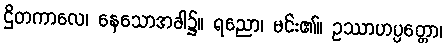
ဌိတကာလေ၊ နေသောအခါ၌။ ရညော၊ မင်း၏။ ဥဿာဟပ္ပတ္တော၊